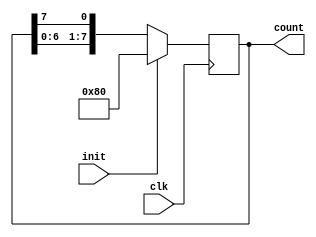
module ringcounter(
    input clk,
    input init,
    output reg [7:0] count
    );
always@(posedge clk)
begin
if(init)
count=8'b10000000;
else
begin
//count<=count<<1;
//count[0]<=count[7];
count={count[6:0],count[7]};
end
end
endmodule